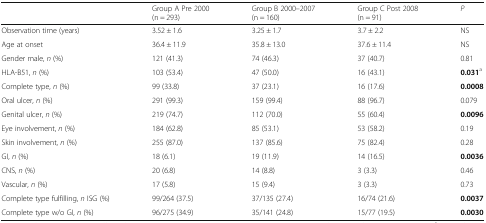
<table><thead><tr><td></td><td><b>Group A Pre 2000 (n = 293)</b></td><td><b>Group B 2000–2007 (n = 160)</b></td><td><b>Group C Post 2008 (n = 91)</b></td><td><b><i>P</i></b></td></tr></thead><tbody><tr><td>Observation time (years)</td><td>3.52 ± 1.6</td><td>3.25 ± 1.7</td><td>3.7 ± 2.2</td><td>NS</td></tr><tr><td>Age at onset</td><td>36.4 ± 11.9</td><td>35.8 ± 13.0</td><td>37.6 ± 11.4</td><td>NS</td></tr><tr><td>Gender male, <i>n</i> (%)</td><td>121 (41.3)</td><td>74 (46.3)</td><td>37 (40.7)</td><td>0.81</td></tr><tr><td>HLA-B51, <i>n</i> (%)</td><td>103 (53.4)</td><td>47 (50.0)</td><td>16 (43.1)</td><td><b>0.031</b><sup>a</sup></td></tr><tr><td>Complete type, <i>n</i> (%)</td><td>99 (33.8)</td><td>37 (23.1)</td><td>16 (17.6)</td><td><b>0.0008</b></td></tr><tr><td>Oral ulcer, <i>n</i> (%)</td><td>291 (99.3)</td><td>159 (99.4)</td><td>88 (96.7)</td><td>0.079</td></tr><tr><td>Genital ulcer, <i>n</i> (%)</td><td>219 (74.7)</td><td>112 (70.0)</td><td>55 (60.4)</td><td><b>0.0096</b></td></tr><tr><td>Eye involvement, <i>n</i> (%)</td><td>184 (62.8)</td><td>85 (53.1)</td><td>53 (58.2)</td><td>0.19</td></tr><tr><td>Skin involvement, <i>n</i> (%)</td><td>255 (87.0)</td><td>137 (85.6)</td><td>75 (82.4)</td><td>0.28</td></tr><tr><td>GI, <i>n</i> (%)</td><td>18 (6.1)</td><td>19 (11.9)</td><td>14 (16.5)</td><td><b>0.0036</b></td></tr><tr><td>CNS, <i>n</i> (%)</td><td>20 (6.8)</td><td>14 (8.8)</td><td>3 (3.3)</td><td>0.46</td></tr><tr><td>Vascular, <i>n</i> (%)</td><td>17 (5.8)</td><td>15 (9.4)</td><td>3 (3.3)</td><td>0.73</td></tr><tr><td>Complete type fulfilling, <i>n</i> ISG (%)</td><td>99/264 (37.5)</td><td>37/135 (27.4)</td><td>16/74 (21.6)</td><td><b>0.0037</b></td></tr><tr><td>Complete type w/o GI, <i>n</i> (%)</td><td>96/275 (34.9)</td><td>35/141 (24.8)</td><td>15/77 (19.5)</td><td><b>0.0030</b></td></tr></tbody></table>